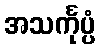
အသင်္ကုပ္ပံ